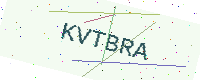
Text: KVTBRA